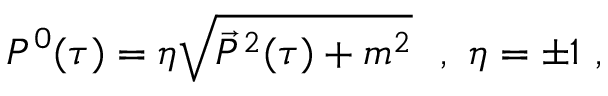
P ^ { 0 } ( \tau ) = \eta \sqrt { \vec { P } ^ { 2 } ( \tau ) + m ^ { 2 } } \ \ , \ \eta = \pm 1 \ ,